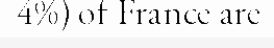
4%) of France are